Language: tamil
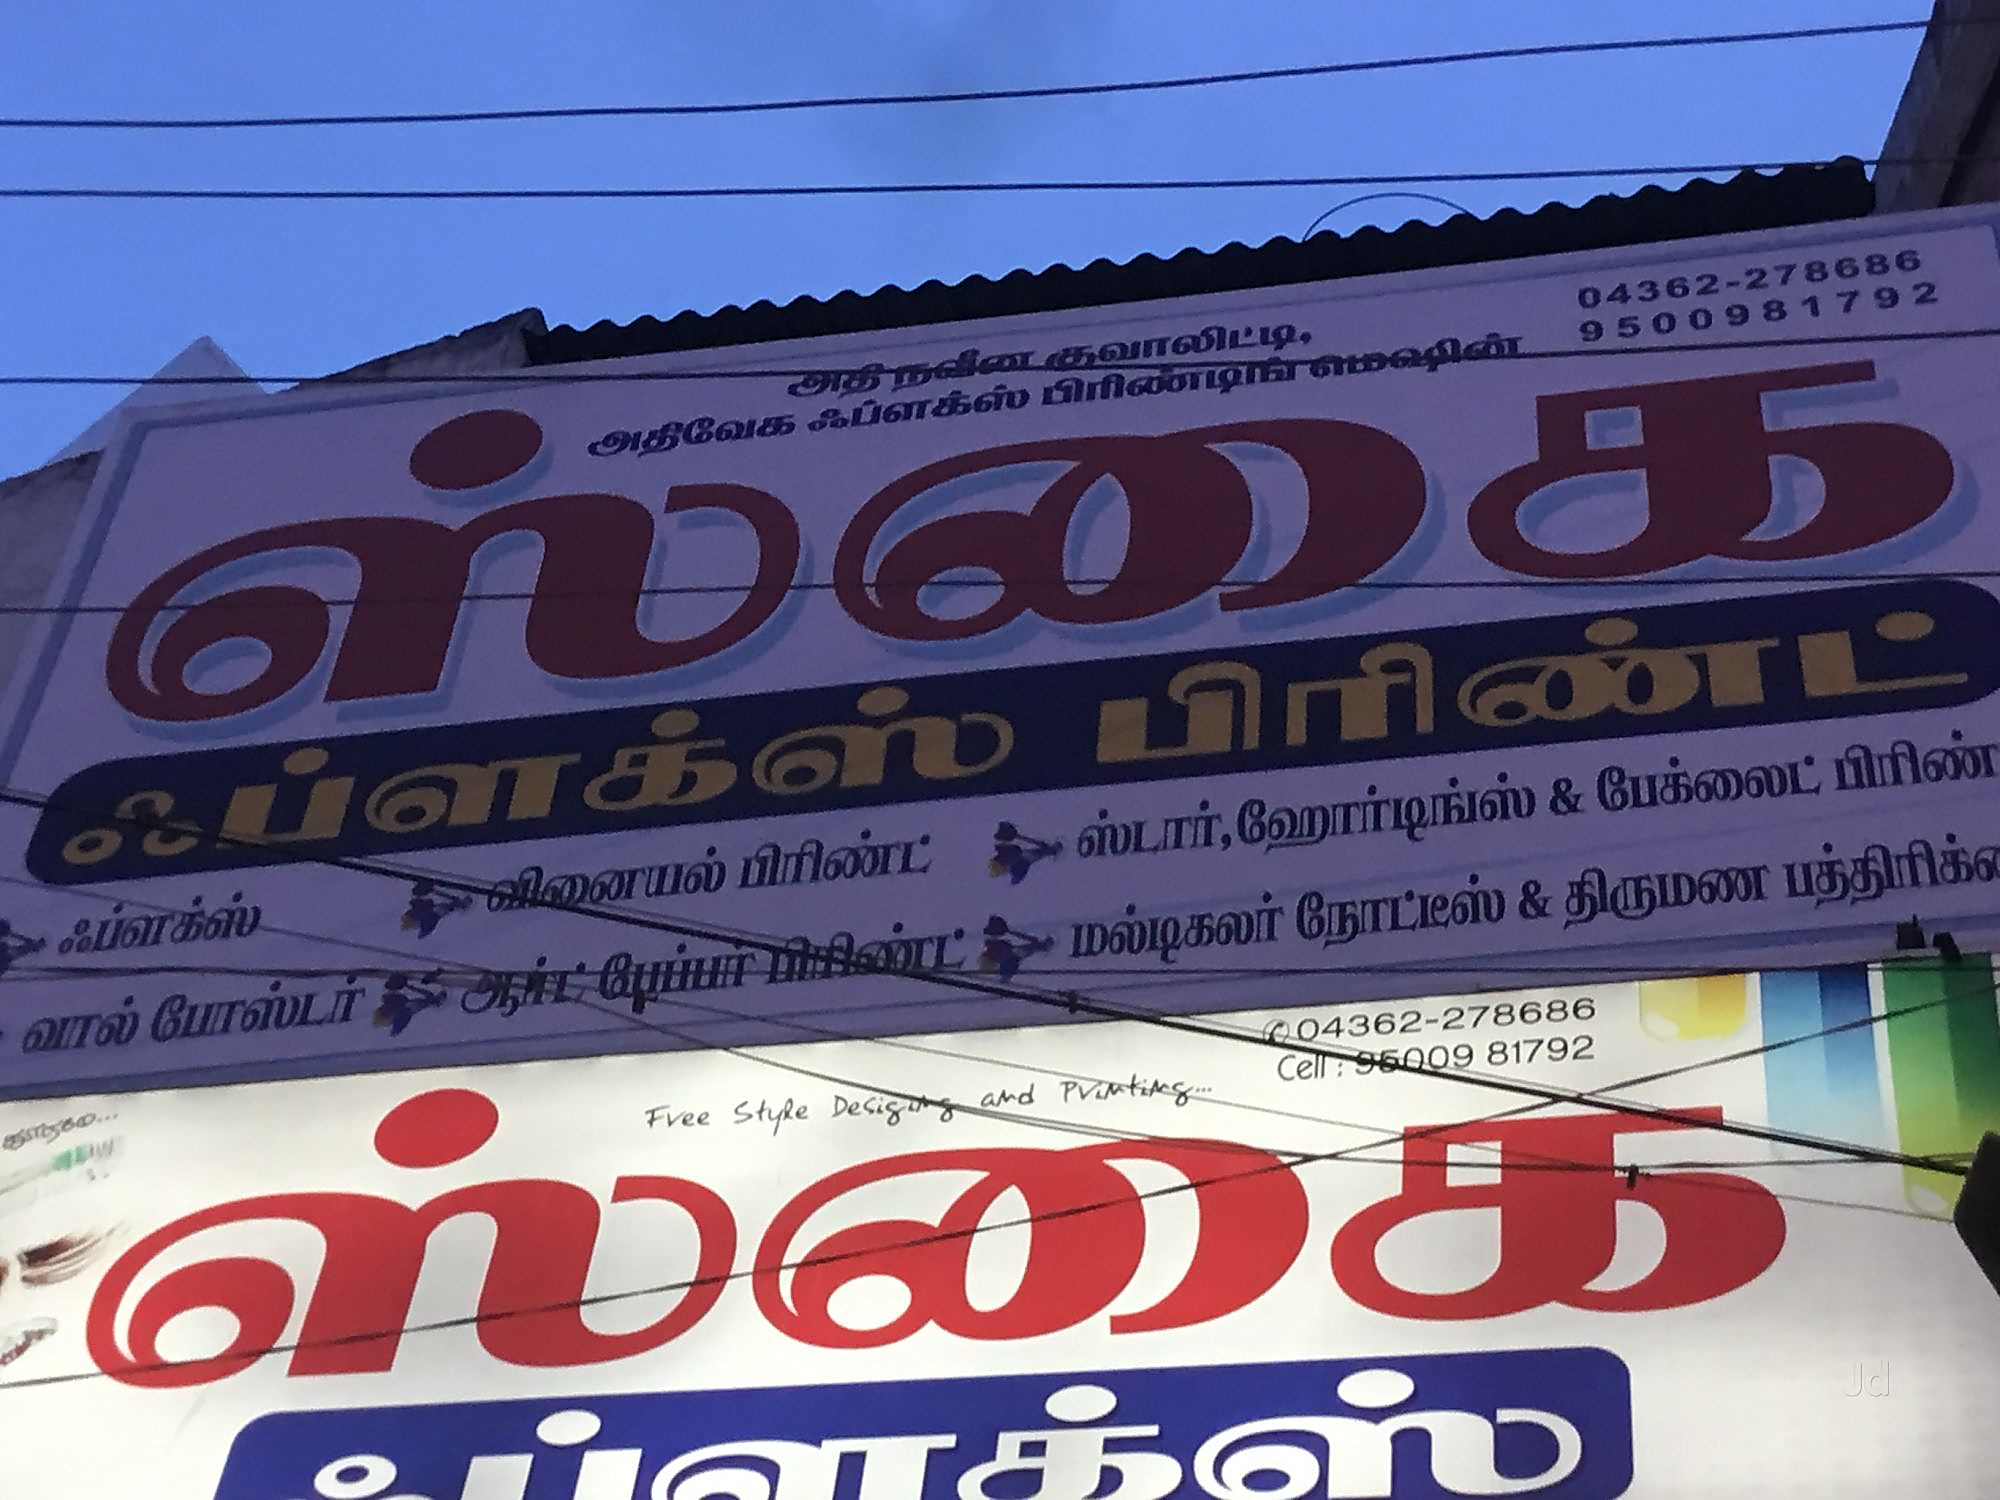
Transcription: பிரிண்டிங் ஃப்ளக்ஸ் ஃப்ளக்ஸ் பிரிண்ட் ஸ்டாா் பேக்லைட் வால் நோட்டீஸ் திருமண மல்டிகலா் பிரிண் பிரிண்ட் குவாலிட்டி க்ஸ் ஸ்கை ஃப்ளக்ஸ் அதிவேக போஸ்டா் ஹோா்டிங்ஸ் ஸ்கை பத்திரிக்